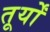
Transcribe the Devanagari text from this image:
तूर्यों